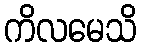
ကိလမေသိ